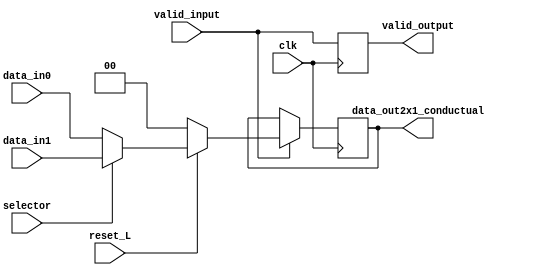
//++++++++++MODULO MULTIPLEXOR 2 X 1 CON VALID CON UN FLIP FLOP PARA GUARDAR EN MEMORIA EL ESTADO Y CON RESET +++++++++++++++

module mux_memoria2x1_conductual(
    input clk,
    input reset_L,
    input selector,
    input valid_input,
    input [1:0] data_in0,
    input [1:0] data_in1,
    output reg valid_output,
    output reg [1:0] data_out2x1_conductual
);
    // Este es un wire temporal que pasar los registros del MUX al Flip Flop
    reg [1:0] temporal_output = 2'b00;
    reg temporal_valid;

    // Este es el bloque always para la lgica del MUX 2x1
    always @(*) begin
        temporal_valid = valid_input;
        if (selector)
            temporal_output = data_in1;
        else
            temporal_output = data_in0;

    end

    // Este es el bloque always para la lgica del Flip Flop con reset

    always @(posedge clk) begin
        valid_output <= temporal_valid;
        if(temporal_valid)begin
            if (reset_L)
                data_out2x1_conductual <= temporal_output;
            else
                data_out2x1_conductual <= 2'b00;
        end
    end

endmodule